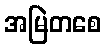
အမြဲတစေ